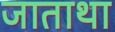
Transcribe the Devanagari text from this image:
जाताथा